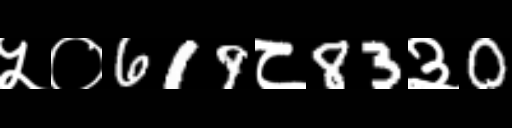
Text: ५०619८83३0